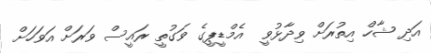
އަދި ޝާހް އިތުރަށް ވިދާޅުވީ  އެމްޑީޕީގެ ވަގުތީ ރައީސް ވަރަށް އަވަހަށް